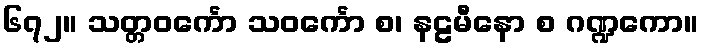
၆၇၂။ သတ္တဝင်္ကော သဝင်္ကော စ၊ နဠမီနော စ ဂဏ္ဍကော။